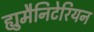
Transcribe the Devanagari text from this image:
ह्युमैनिटेरियन